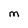
Character: M